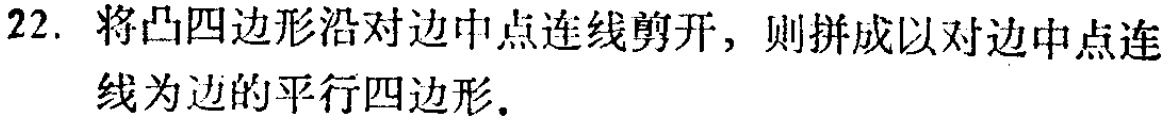
22. 将凸四边形沿对边中点连线剪开，则拼成以对边中点连线为边的平行四边形.